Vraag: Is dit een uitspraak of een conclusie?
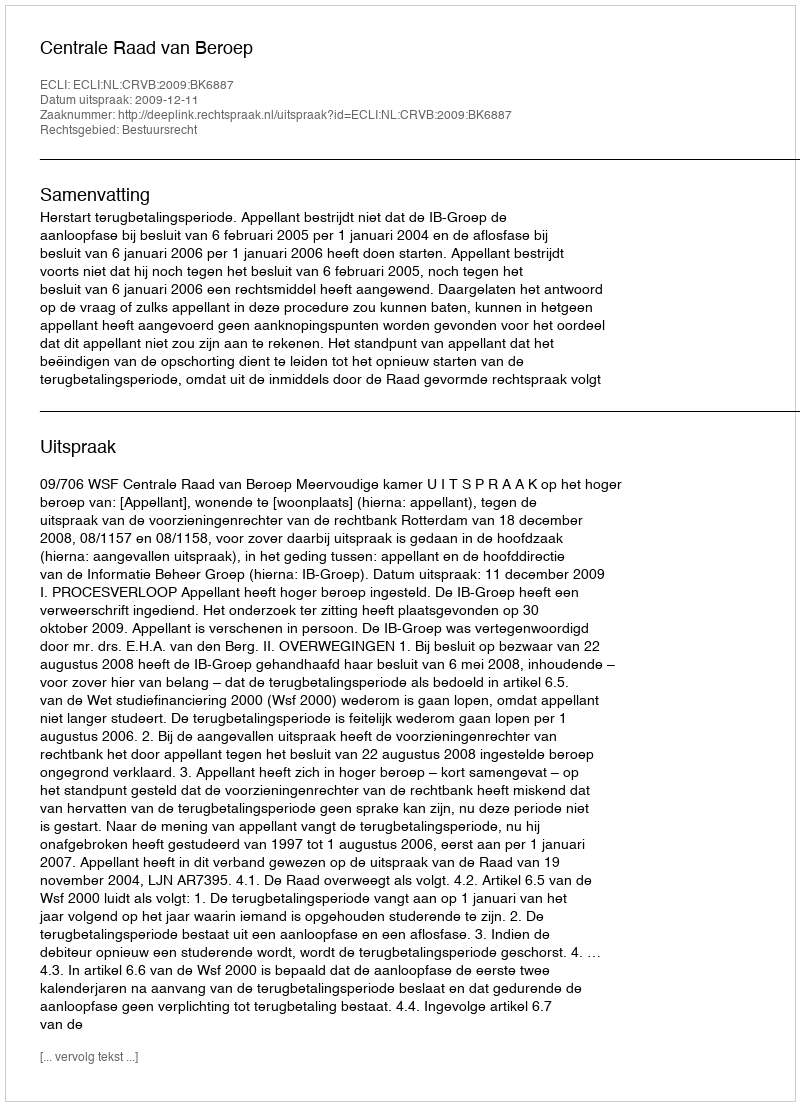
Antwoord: Uitspraak